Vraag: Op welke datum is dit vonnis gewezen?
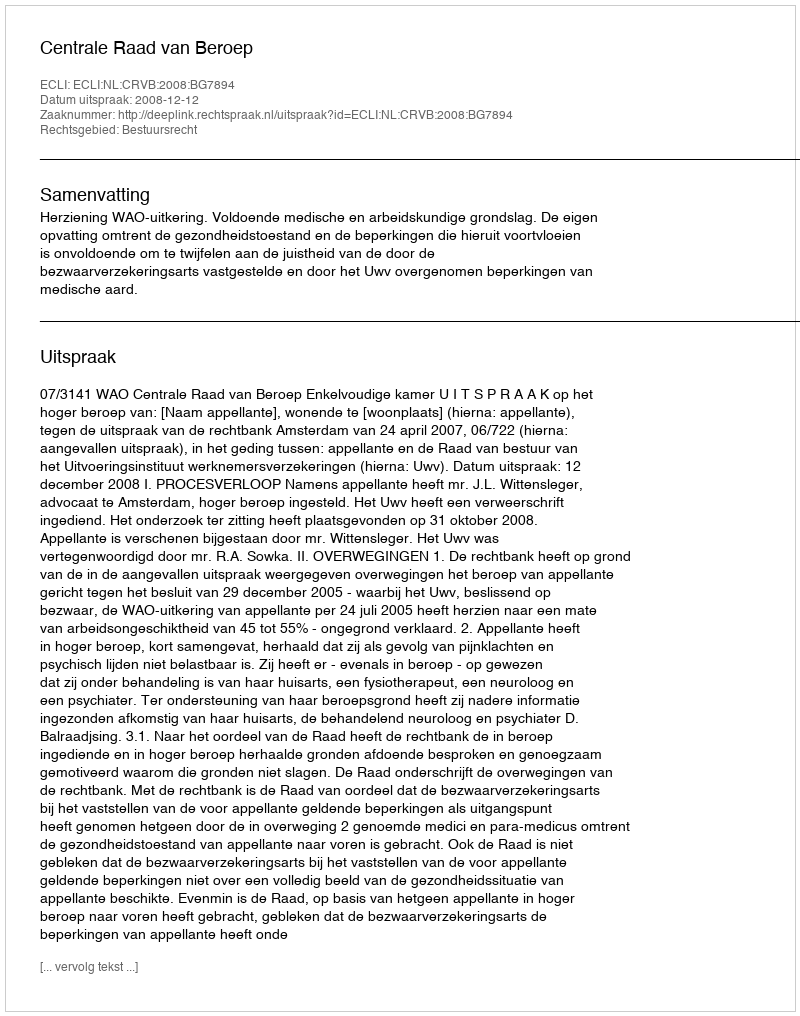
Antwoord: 2008-12-12